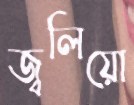
জ্বলিয়ো